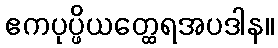
ဧကပုပ္ဖိယတ္ထေရအပဒါန။